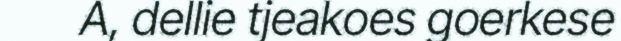
A, dellie tjeakoes goerkese